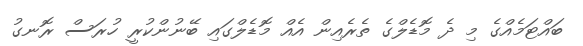
ބައްޓަމެއްގެ މި ދެ މޮޑެލްގެ ތެރެއިން އެއް މޮޑެލްގައި ބޭނުންކުރީ ހުރަސް ރޮނގު